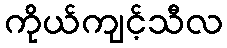
ကိုယ်ကျင့်သီလ